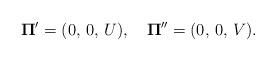
LaTeX: \begin{align*} {\bf \Pi '}=(0,\,0,\,U), \quad {\bf \Pi}''=(0,\,0,\,V){.}\end{align*}